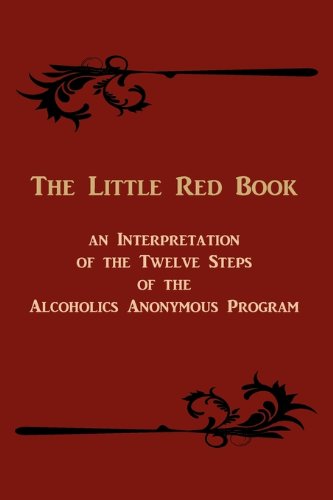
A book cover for The Little Red Book: An Interpretation of the Twelve Steps of the Alcoholics Anonymous Program; Anonymous; Health, Fitness & Dieting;